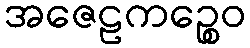
အဇေဠကဉ္စေဝ